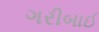
ગરીબાઈ